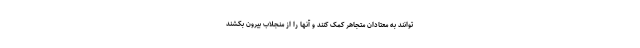
توانند به معتادان متجاهر کمک کنند و آنها را از منجلاب بیرون بکشند